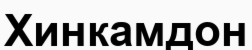
Хинкамдон